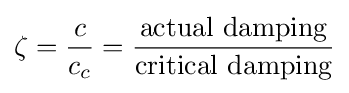
\zeta ={\frac {c}{c_{c}}}={\frac {\text{actual damping}}{\text{critical damping}}}